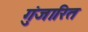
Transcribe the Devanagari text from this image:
गुंजारित